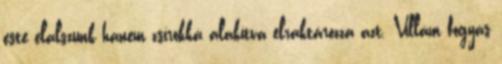
este elalszunk hanem zsírokká alakítva elraktározza azt. Villám fogyás